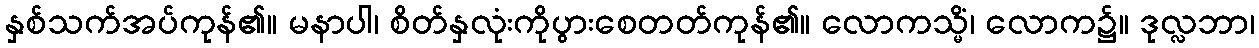
နှစ်သက်အပ်ကုန်၏။ မနာပါ၊ စိတ်နှလုံးကိုပွားစေတတ်ကုန်၏။ လောကသ္မိံ၊ လောက၌။ ဒုလ္လဘာ၊